Calcutta medical institutions reports 1892-1900
Year: 1892
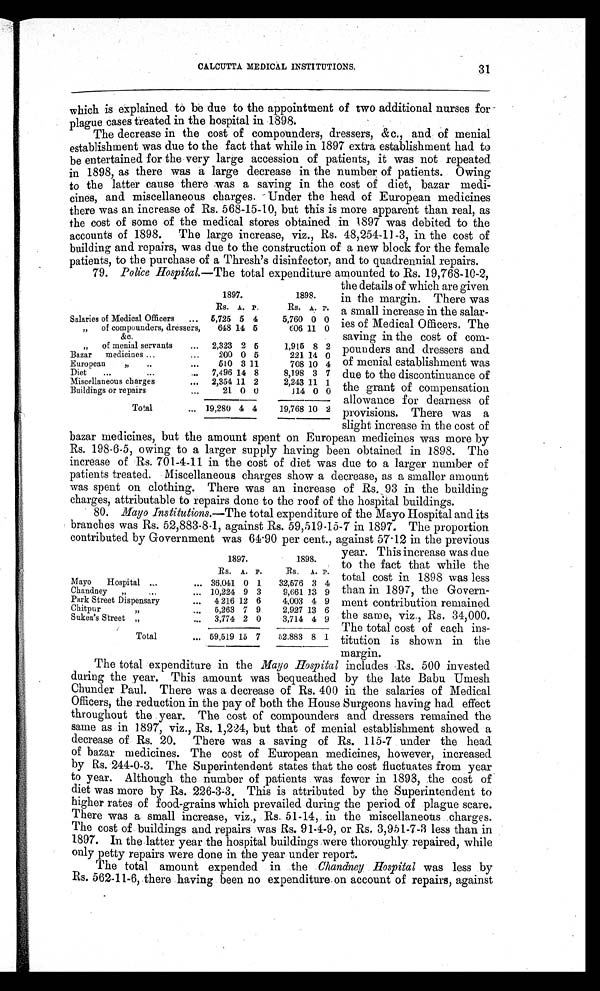
CALCUTTA MEDICAL INSTITUTIONS.
31
which is explained to be due to the appointment of two additional nurses for
plague cases treated in the hospital in 1898.
The decrease in the cost of compounders, dressers, &c., and of menial
establishment was due to the fact that while in 1897 extra establishment had to
be entertained for the very large accession of patients, it was not repeated
in 1898, as there was a large decrease in the number of patients. Owing
to the latter cause there was a saving in the cost of diet, bazar medi-
cines, and miscellaneous charges. Under the head of European medicines
there was an increase of Rs. 568-15-10, but this is more apparent than real, as
the cost of some of the medical stores obtained in 1897 was debited to the
accounts of 1898. The large increase, viz., Rs. 48,254-11-3, in the cost of
building and repairs, was due to the construction of a new block for the female
patients, to the purchase of a Thresh's disinfector, and to quadrennial repairs.
79. Police Hospital. —The total expenditure amounted to Rs. 19,768-10-2,
the details of which are given
in the margin. There was
a small increase in the salar-
ies of Medical Officers. The
saving in the cost of com-
pounders and dressers and
of menial establishment was
due to the discontinuance of
the grant of compensation
allowance for dearness of
provisions. There was a
slight increase in the cost of
bazar medicines, but the amount spent on European medicines was more by
Rs. 198-6-5, owing to a larger supply having been obtained in 1898. The
increase of Rs. 701-4-11 in the cost of diet was due to a larger number of
patients treated. Miscellaneous charges show a decrease, as a smaller amount
was spent on clothing. There was an increase of Rs. 93 in the building
charges, attributable to repairs done to the roof of the hospital buildings.
80. Mayo Institutions. —The total expenditure of the Mayo Hospital and its
branches was Rs. 52,883-8-1, against Rs. 59,519-15-7 in 1897. The proportion
contributed by Government was 64.90 per cent., against 57.12 in the previous
1897.
1898.
Rs. A. P.
Rs. A. P.
Salaries of Medical Officers ... 5,725 5 4
5,760 0 0
„ of compounders, dressers,
&c.
648 14 5
606 11 0
„ of menial servants
... 2,323 2 5
1,915 8 2
Bazar medicines ...
...
200 0 5
221 14 0
European
„
. .
... 510 3 11
708 10 4
Diet ...
...
... 7,496 14 8
8,198 3 7
Miscellaneous charges
... 2,354 11 2
2,243 11 1
Buildings or repairs
...
21 0 0
114 0 0
Total
... 19,280 4 4
19,768 10 2
1897.
1898.
Rs. A. P.
Rs. A. P.
Mayo Hospital . . .
... 36,041 0 1 32,576 3 4
Chandney „
...
... 10,224 9 3
9,661 13 9
Park Street Dispensary
... 4,216 12 6
4,003 4 9
Chitpur „
... 5,263 7 9
2,927 13 6
Sukea's Street „
... 3,774 2 0
3,714 4 9
Total
... 59,519 15 7 52,883 8 1
year. This increase was due
to the fact that while the
total cost in 1898 was less
than in 1897, the Govern-
ment contribution remained
the same, viz., Rs. 34,000.
The total cost of each ins-
titution is shown in the
margin.
The total expenditure in the Mayo Hospital includes Rs. 500 invested
during the year. This amount was bequeathed by the late Babu Umesh
Chunder Paul. There was a decrease of Rs. 400 in the salaries of Medical
Officers, the reduction in the pay of both the House Surgeons having had effect
throughout the year. The cost of compounders and dressers remained the
same as in 1897, viz., Rs. 1,224, but that of menial establishment showed a
decrease of Rs. 20. There was a saving of Rs. 115-7 under the head
of bazar medicines. The cost of European medicines, however, increased
by Rs. 244-0-3. The Superintendent states that the cost fluctuates from year
to year. Although the number of patients was fewer in 1898, the cost of
diet was more by Rs. 226-3-3. This is attributed by the Superintendent to
higher rates of food-grains which prevailed during the period of plague scare.
There was a small increase, viz., Rs. 51-14, in the miscellaneous charges.
The cost of buildings and repairs was Rs. 91-4-9, or Rs. 3,951-7-3 less than in
1897. In the latter year the hospital buildings were thoroughly repaired, while
only petty repairs were done in the year under report.
The total amount expended in the Chandney Hospital was less by
Rs. 562-11-6, there having been no expenditure on account of repairs, against